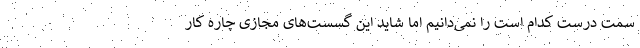
سمت درست کدام است را نمی‌دانیم اما شاید این گسست‌های مجازی چاره کار